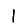
Digit: 1